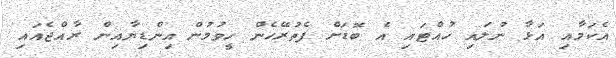
އެކަމާއި އަޅާ ނުލައި ހުއްޓައި އެ ބޮޑަށް ފެތުރޭހެން ހީވުމުން އިންޑިޔާއިން ރާއްޖެއައި